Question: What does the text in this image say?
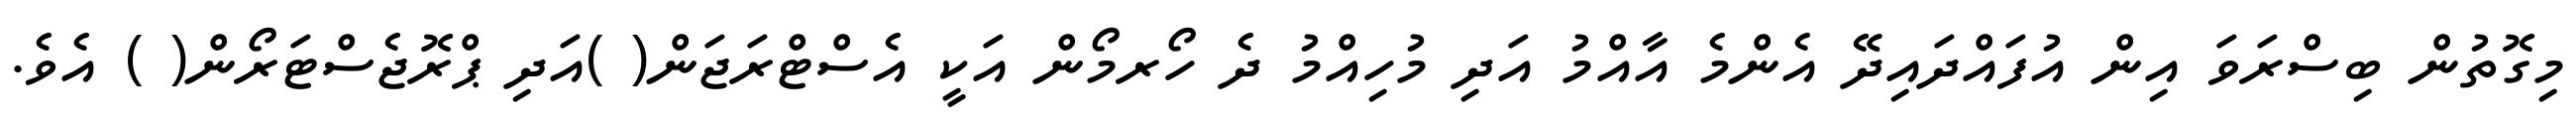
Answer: މިގޮތުން ބިސްރަވަ އިން އުފައްދައިދޭ އެންމެ އާއްމު އަދި މުހިއްމު ދެ ހޯރމޯން އަކީ އެސްޓްރަޖަން( )އަދި ޕްރޮޖެސްޓަރޯން( ) އެވެ.